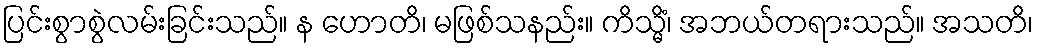
ပြင်းစွာစွဲလမ်းခြင်းသည်။ န ဟောတိ၊ မဖြစ်သနည်း။ ကိသ္မိံ၊ အဘယ်တရားသည်။ အသတိ၊